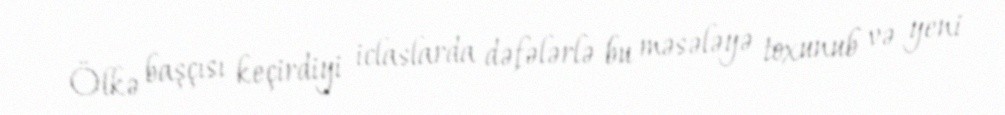
Ölkə başçısı keçirdiyi iclaslarda dəfələrlə bu məsələyə toxunub və yeni